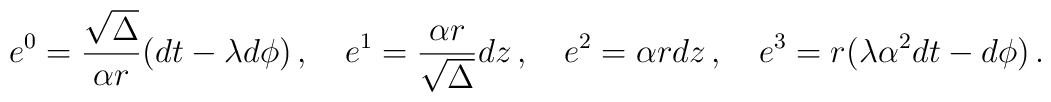
e^0= \frac{\sqrt\Delta}{\alpha r}(dt -\lambda d\phi)\, , \quad e^1=\frac{\alpha r}{\sqrt\Delta} dz \, ,\quad e^2=\alpha r dz\, ,\quad e^3=r(\lambda \alpha^2 dt - d\phi) \, .